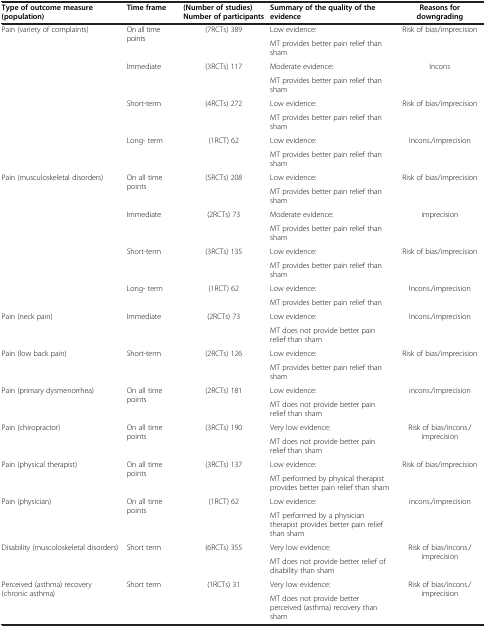
<table><thead><tr><td><b>Type of outcome measure (population)</b></td><td><b>Time frame</b></td><td><b>(Number of studies) Number of participants</b></td><td><b>Summary of the quality of the evidence</b></td><td><b>Reasons for downgrading</b></td></tr></thead><tbody><tr><td rowspan="2">Pain (variety of complaints)</td><td rowspan="2">On all time points</td><td rowspan="2">(7RCTs) 389</td><td>Low evidence:</td><td rowspan="2">Risk of bias/imprecision</td></tr><tr><td>MT provides better pain relief than sham</td></tr><tr><td rowspan="2"> </td><td rowspan="2">Immediate</td><td rowspan="2">(3RCTs) 117</td><td>Moderate evidence:</td><td rowspan="2">Incons</td></tr><tr><td>MT provides better pain relief than sham</td></tr><tr><td rowspan="2"> </td><td rowspan="2">Short-term</td><td rowspan="2">(4RCTs) 272</td><td>Low evidence:</td><td rowspan="2">Risk of bias/imprecision</td></tr><tr><td>MT provides better pain relief than sham</td></tr><tr><td rowspan="2"> </td><td rowspan="2">Long- term</td><td rowspan="2">(1RCT) 62</td><td>Low evidence:</td><td rowspan="2">Incons./imprecision</td></tr><tr><td>MT provides better pain relief than sham</td></tr><tr><td rowspan="2">Pain (musculoskeletal disorders)</td><td rowspan="2">On all time points</td><td rowspan="2">(5RCTs) 208</td><td>Low evidence:</td><td rowspan="2">Risk of bias/imprecision</td></tr><tr><td>MT provides better pain relief than sham</td></tr><tr><td rowspan="2"> </td><td rowspan="2">Immediate</td><td rowspan="2">(2RCTs) 73</td><td>Moderate evidence:</td><td rowspan="2">imprecision</td></tr><tr><td>MT provides better pain relief than sham</td></tr><tr><td rowspan="2"> </td><td rowspan="2">Short-term</td><td rowspan="2">(3RCTs) 135</td><td>Low evidence:</td><td rowspan="2">Risk of bias/imprecision</td></tr><tr><td>MT provides better pain relief than sham</td></tr><tr><td rowspan="2"> </td><td rowspan="2">Long- term</td><td rowspan="2">(1RCT) 62</td><td>Low evidence:</td><td rowspan="2">Incons./imprecision</td></tr><tr><td>MT provides better pain relief than</td></tr><tr><td rowspan="2">Pain (neck pain)</td><td rowspan="2">Immediate</td><td rowspan="2">(2RCTs) 73</td><td>Low evidence:</td><td rowspan="2">Incons./imprecision</td></tr><tr><td>MT does not provide better pain relief than sham</td></tr><tr><td rowspan="2">Pain (low back pain)</td><td rowspan="2">Short-term</td><td rowspan="2">(2RCTs) 126</td><td>Low evidence:</td><td rowspan="2">Risk of bias/imprecision</td></tr><tr><td>MT provides better pain relief than sham</td></tr><tr><td rowspan="2">Pain (primary dysmenorrhea)</td><td rowspan="2">On all time points</td><td rowspan="2">(2RCTs) 181</td><td>Low evidence:</td><td rowspan="2">incons./imprecision</td></tr><tr><td>MT does not provide better pain relief than sham</td></tr><tr><td rowspan="2">Pain (chiropractor)</td><td rowspan="2">On all time points</td><td rowspan="2">(3RCTs) 190</td><td>Very low evidence:</td><td rowspan="2">Risk of bias/incons./imprecision</td></tr><tr><td>MT does not provide better pain relief than sham</td></tr><tr><td rowspan="2">Pain (physical therapist)</td><td rowspan="2">On all time points</td><td rowspan="2">(3RCTs) 137</td><td>Low evidence:</td><td rowspan="2">Risk of bias/imprecision</td></tr><tr><td>MT performed by physical therapist provides better pain relief than sham</td></tr><tr><td rowspan="2">Pain (physician)</td><td rowspan="2">On all time points</td><td rowspan="2">(1RCT) 62</td><td>Low evidence:</td><td rowspan="2">incons./imprecision</td></tr><tr><td>MT performed by a physician therapist provides better pain relief than sham</td></tr><tr><td rowspan="2">Disability (muscoloskeletal disorders)</td><td rowspan="2">Short term</td><td rowspan="2">(6RCTs) 355</td><td>Very low evidence:</td><td rowspan="2">Risk of bias/incons./imprecision</td></tr><tr><td>MT does not provide better relief of disability than sham</td></tr><tr><td rowspan="2">Perceived (asthma) recovery (chronic asthma)</td><td rowspan="2">Short term</td><td rowspan="2">(1RCTs) 31</td><td>Very low evidence:</td><td rowspan="2">Risk of bias/incons./imprecision</td></tr><tr><td>MT does not provide better perceived (asthma) recovery than sham</td></tr></tbody></table>